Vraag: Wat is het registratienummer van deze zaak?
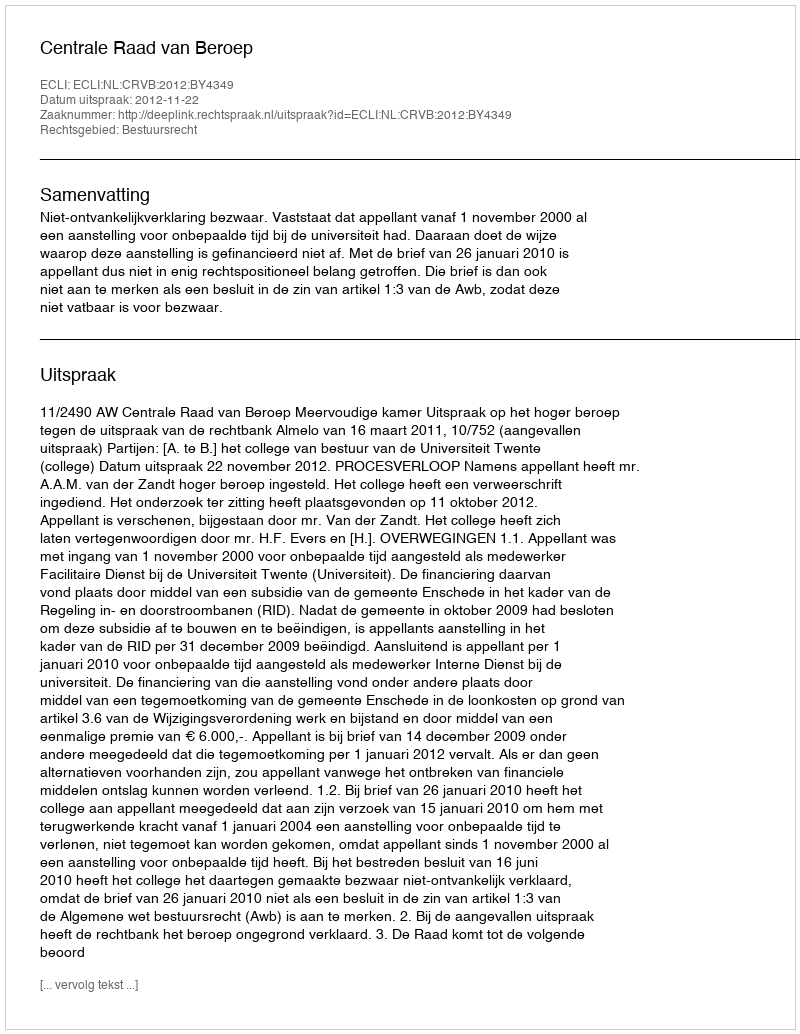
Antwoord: http://deeplink.rechtspraak.nl/uitspraak?id=ECLI:NL:CRVB:2012:BY4349